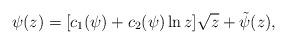
LaTeX: \begin{align*}\psi( z)=[c_1(\psi)+c_2(\psi)\ln z]\sqrt{ z}+\tilde{\psi}( z),\end{align*}